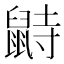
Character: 鼭